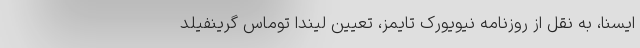
ایسنا، به نقل از روزنامه نیویورک تایمز، تعیین‌ لیندا توماس گرینفیلد